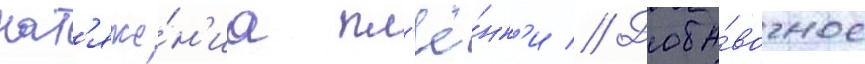
нат'яже́н'иа пл'ё́нк'и // Доба́вочное